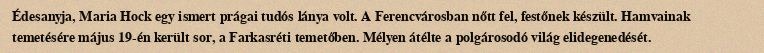
Édesanyja, Maria Hock egy ismert prágai tudós lánya volt. A Ferencvárosban nőtt fel, festőnek készült. Hamvainak temetésére május 19-én került sor, a Farkasréti temetőben. Mélyen átélte a polgárosodó világ elidegenedését.